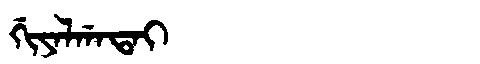
Manchu: ᡤᡳᠶᠠᠯᡤᠠᡨᠠᡳ
Romanization: GIYALGATAI